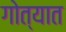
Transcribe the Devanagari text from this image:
गोत्यात